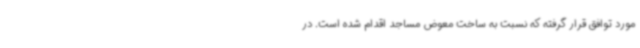
مورد توافق قرار گرفته که نسبت به ساخت معوض مساجد اقدام شده است. در